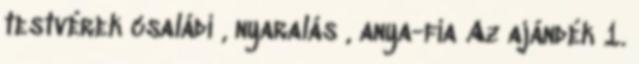
testvérek családi , nyaralás , anya-fia Az ajándék 1.